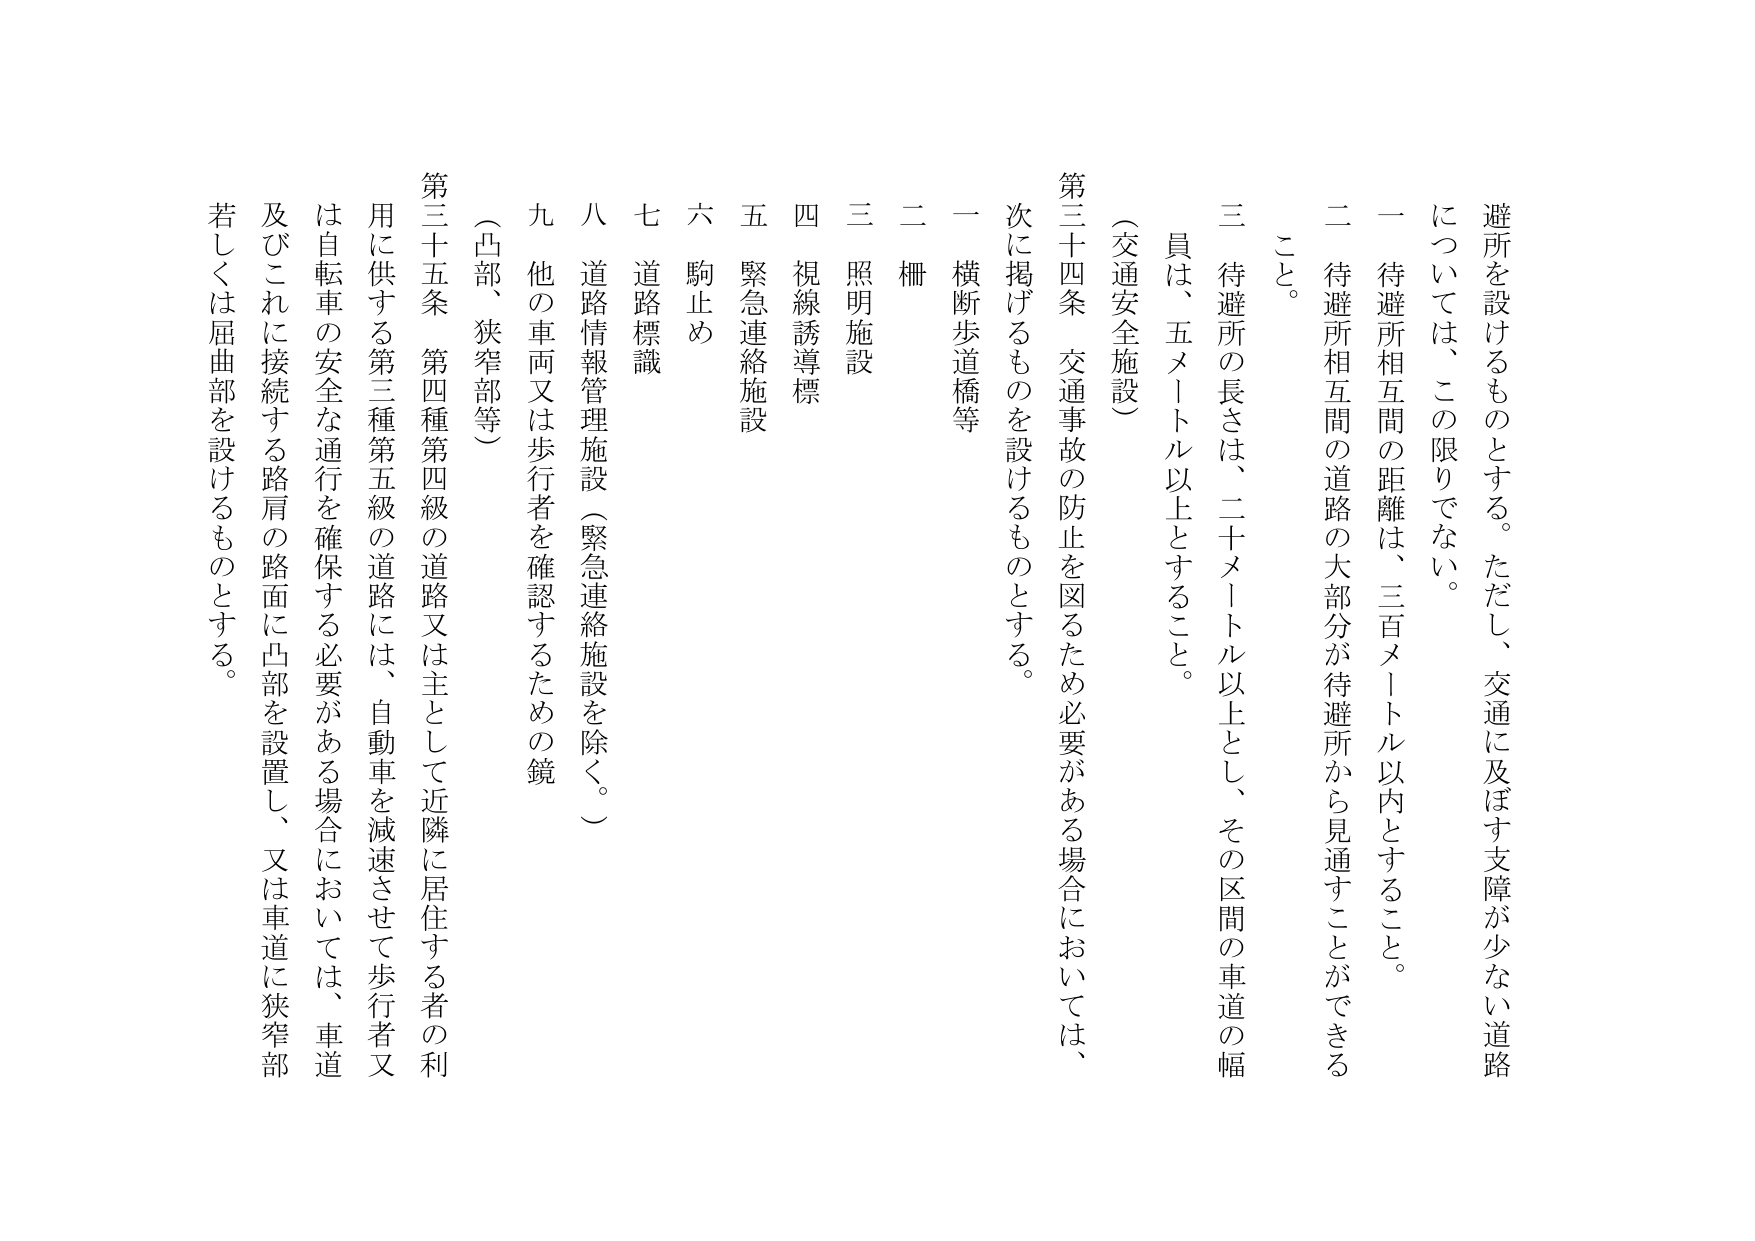
避所を設けるものとする。ただし、交通に及ぼす支障が少ない道路については、この限りでない。
一 待避所相互間の距離は、三百メートル以内とすること。
二 待避所相互間の道路の大部分が待避所から見通すことができるこ と。
三 待避所の長さは、二十メートル以上とし、その区間の車道の幅員は、五メートル以上とすること。
（交通安全施設）
第三十四条 交通事故の防止を図るため必要がある場合においては、次に掲げるものを設けるものとする。
一 横断歩道橋等
二 柵
三 照明施設
四 視線誘導標
五 緊急連絡施設
六 駒止め
七 道路標識
八 道路情報管理施設（緊急連絡施設を除く。）
九 他の車両又は歩行者を確認するための鏡
（凸部、狭窄部等）
第三十五条 第四種第四級の道路又は主として近隣に居住する者の利用に供する第三種第五級の道路には、自動車を減速させて歩行者又は自転車の安全な通行を確保する必要がある場合においては、車道及びこれに接続する路肩の路面に凸部を設置し、又は車道に狭窄部若しくは屈曲部を設けるものとする。